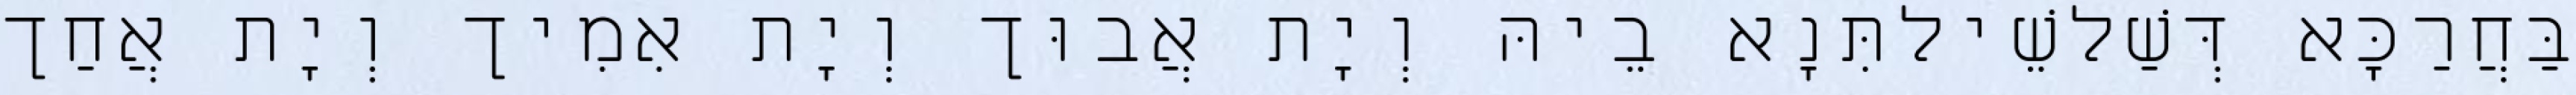
בַּחֲרַכָּא דְּשַׁלשֵׁילתִּנָא בֵיהּ וְיָת אֲבוּך וְיָת אִמִיך וְיָת אֲחַך